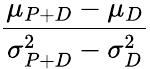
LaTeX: \frac{\mu_{P+D}-\mu_{D}}{\sigma_{P+D}^{2}-\sigma_{D}^{2}}